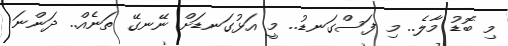
މި ބޮޑު މާލެ.. މި ފަސްގަނޑު.. މީ އަޅުގަނޑަށް ނޭނގޭ ތަނެއް.. ދަންނަ